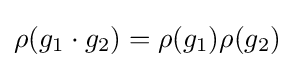
\rho (g_{1}\cdot g_{2})=\rho (g_{1})\rho (g_{2})